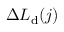
\Delta L _ { \mathrm { d } } ( j )